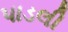
પાડલી